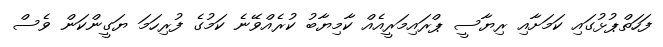
ފަހަތްޕުޅުގައި ކަމަށާއި ރިޔާސީ ޕްރައިމަރީއެއް ކާމިޔާބު ކުރެއްވޭނެ ކަމުގެ ފުރިހަމަ ޔަގީންކަން ވެސް